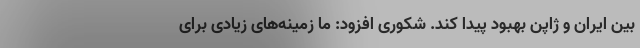
بین ایران و ژاپن بهبود پیدا کند. شکوری افزود: ما زمینه‌های زیادی برای